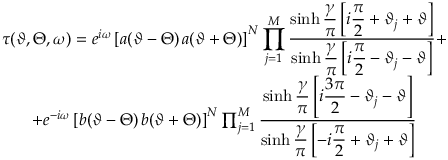
\begin{array} { c } { { \displaystyle \tau ( \vartheta , \Theta , \omega ) = e ^ { i \omega } \left[ a ( \vartheta - \Theta ) \, a ( \vartheta + \Theta ) \right] ^ { N } \prod _ { j = 1 } ^ { M } \displaystyle \frac { \sinh \displaystyle \frac { \gamma } { \pi } \left[ i \displaystyle \frac { \pi } { 2 } + \vartheta _ { j } + \vartheta \right] } { \sinh \displaystyle \frac { \gamma } { \pi } \left[ i \displaystyle \frac { \pi } { 2 } - \vartheta _ { j } - \vartheta \right] } + } } \\ { { + e ^ { - i \omega } \left[ b ( \vartheta - \Theta ) \, b ( \vartheta + \Theta ) \right] ^ { N } \prod _ { j = 1 } ^ { M } \displaystyle \frac { \sinh \displaystyle \frac { \gamma } { \pi } \left[ i \displaystyle \frac { 3 \pi } { 2 } - \vartheta _ { j } - \vartheta \right] } { \sinh \displaystyle \frac { \gamma } { \pi } \left[ - i \displaystyle \frac { \pi } { 2 } + \vartheta _ { j } + \vartheta \right] } } } \end{array}